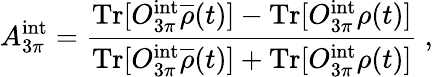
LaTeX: A_{3\pi}^{\mathrm{int}}=\frac{\mathrm{Tr}[O_{3\pi}^{\mathrm{int}}{\overline{{\rho}}(t)}]-\mathrm{Tr}[O_{3\pi}^{\mathrm{int}}\rho(t)]}{\mathrm{Tr}[O_{3\pi}^{\mathrm{int}}{\overline{{\rho}}(t)}]+\mathrm{Tr}[O_{3\pi}^{\mathrm{int}}\rho(t)]}\ ,